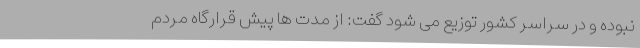
نبوده و در سراسر کشور توزیع می شود گفت: از مدت ها پیش قرارگاه مردم